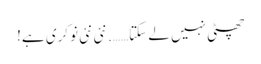
چھٹی نہیں لے سکتا……. نئی نئی نوکری ہے!